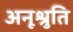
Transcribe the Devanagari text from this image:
अनूश्रुति